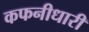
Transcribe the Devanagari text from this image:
कफनीधारी